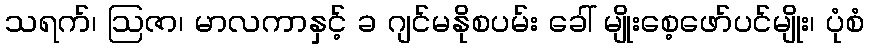
သရက်၊ ဩဇာ၊ မာလကာနှင့် ခ ဂျင်မနိုစပမ်း ခေါ် မျိုးစေ့ဖော်ပင်မျိုး၊ ပုံစံ